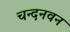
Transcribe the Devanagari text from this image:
चन्दनवन